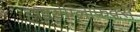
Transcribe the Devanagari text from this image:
हाइरोग्लिफिक्स